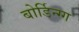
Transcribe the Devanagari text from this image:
बोर्डिन्ग्ग